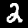
Digit: 2